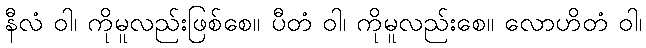
နီလံ ဝါ၊ ကိုမူလည်းဖြစ်စေ။ ပီတံ ဝါ၊ ကိုမူလည်းစေ။ လောဟိတံ ဝါ၊